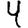
Digit: 4